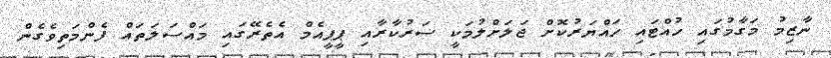
ނާޒިމު މަގާމުގައި ހުއްޓައި ހައްޔަރުކޮށް ޖަލަށްލުމަކީ ސަރުކާރާއި ޕީޕީއެމް އެތެރޭގައި މައްސަލަތައް ފެންމަތިވެގެން